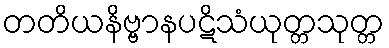
တတိယနိဗ္ဗာနပဋိသံယုတ္တသုတ္တ